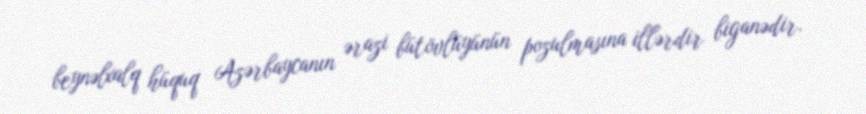
beynəlxalq hüquq Azərbaycanın ərazi bütövlüyünün pozulmasına illərdir biganədir.